Code of medical and sanitary regulations for the guidance of medical officers serving in the Madras Presidency - Volume I
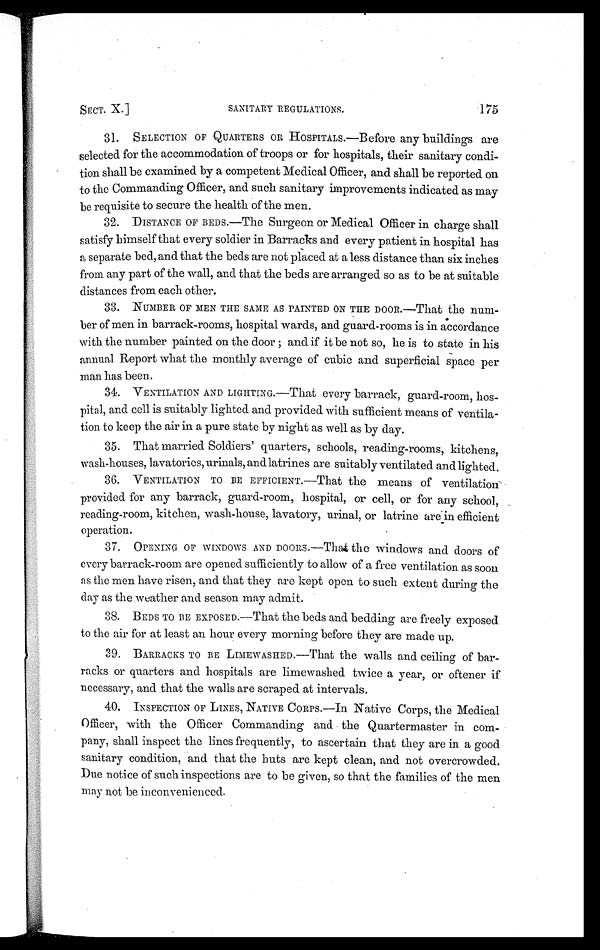
SECT. X.]
SANITARY REGULATIONS.
• 175
31. SELECTION OF QUARTERS OR HOSPITALS.—Before any buildings are
selected for the accommodation of troops or for hospitals, their sanitary condi
- t i o n s h a l l b e e x a m i n e d b y a c o m p e t e n t M e d i c a l O f f i c e r , a n d s h a l l b e r e p o r t e d o n
to the Commanding Officer, and such sanitary improvements indicated as may
be requisite to secure the health of the men.
32. DISTANCE OF BEDS.—The Surgeon or Medical Officer in charge shall
satisfy himself that every soldier in Barracks and every patient in hospital has
a separate bed, and that the beds are not placed at a less distance than six inches
from any part of the wall, and that the beds are arranged so as to be at suitable
distances from each other.
33. NUMBER OF MEN THE SAME AS PAINTED ON THE DOOR.—That the num-
ber of men in barrack-rooms, hospital wards, and guard-rooms is in accordance
with the number painted on the door; and if it be not so, he is to state in his
annual Report what the monthly average of cubic and superficial space per
man has been.
34. VENTILATION AND LIGHTING.—That every barrack, guard-room, hos
-pital, and cell is suitably lighted and provided with sufficient means of ventila
-tion to keep the air in a pure state by night as well as by day.
35. That married Soldiers' quarters, schools, reading-rooms, kitchens,
wash-houses, lavatories, urinals, and latrines are suitably ventilated and lighted.
36. VENTILATION TO BE EFFICIENT.—That the means of ventilation
provided for any barrack, guard-room, hospital, or cell, or for any school, .
reading-room, kitchen, wash-house, lavatory, urinal, or latrine are in efficient
operation.
37. OPENING OF WINDOWS AND DOORS.—That the windows and doors of
every barrack-room are opened sufficiently to allow of a free ventilation as soon
as the men have risen, and that they are kept open to such extent during the
day as the weather and season may admit.
38. BEDS TO BE EXPOSED.—That the beds and bedding are freely exposed
to the air for at least an hour every morning before they are made up.
39. BARRACKS TO BE LIMEWASHED.—That the walls and ceiling of bar
-racks or quarters and hospitals are limewashed twice a year, or oftener if
necessary, and that the walls are scraped at intervals.
40. INSPECTION OF LINES, NATIVE CORPS.—In Native Corps, the Medical
Officer, with the Officer Commanding and the Quartermaster in com-
pany, shall inspect the lines frequently, to ascertain that they are in a good
sanitary condition, and that the huts are kept clean, and not overcrowded.
Due notice of such inspections are to be given, so that the families of the men
may not be inconvenienced.